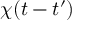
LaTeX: \chi ( t - t ^ { \prime } )